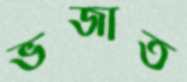
ভজাত